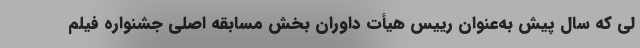
لی که سال پیش به‌عنوان رییس هیأت داوران بخش مسابقه اصلی جشنواره فیلم